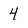
Character: 4